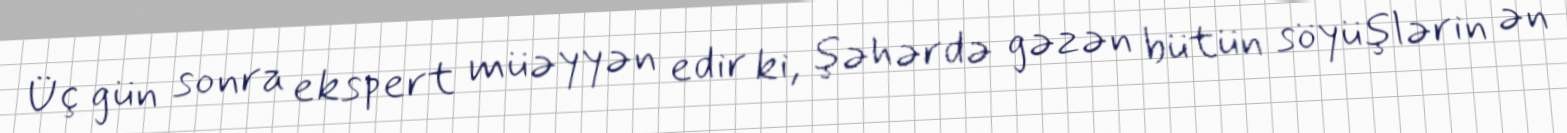
Üç gün sonra ekspert müəyyən edir ki, şəhərdə gəzən bütün söyüşlərin ən